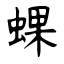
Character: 蜾